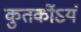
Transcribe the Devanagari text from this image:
कुतर्कोऽयं